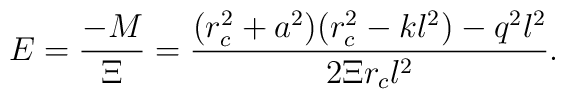
E=\frac{-M}{\Xi} =\frac{(r_c^2+a^2)(r_c^2-k l^2)-q^2l^2}{2\Xi r_c l^2}.